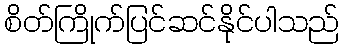
စိတ်ကြိုက်ပြင်ဆင်နိုင်ပါသည်